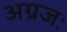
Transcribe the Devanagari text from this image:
अग्रजः